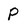
Character: P